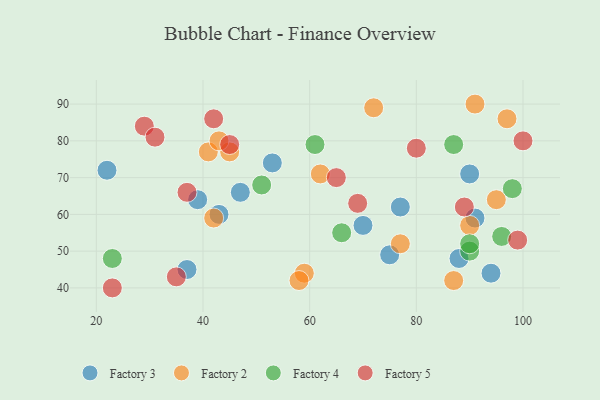
{"axis": {"x": "GDP", "y": "Life Expectancy"}, "legend": ["Factory 2", "Factory 3", "Factory 4", "Factory 5"], "data": [{"x": "43", "y": 60, "type": "Factory 3"}, {"x": "47", "y": 66, "type": "Factory 3"}, {"x": "88", "y": 48, "type": "Factory 3"}, {"x": "22", "y": 72, "type": "Factory 3"}, {"x": "77", "y": 62, "type": "Factory 3"}, {"x": "75", "y": 49, "type": "Factory 3"}, {"x": "37", "y": 45, "type": "Factory 3"}, {"x": "70", "y": 57, "type": "Factory 3"}, {"x": "53", "y": 74, "type": "Factory 3"}, {"x": "91", "y": 59, "type": "Factory 3"}, {"x": "94", "y": 44, "type": "Factory 3"}, {"x": "90", "y": 71, "type": "Factory 3"}, {"x": "39", "y": 64, "type": "Factory 3"}, {"x": "59", "y": 44, "type": "Factory 2"}, {"x": "91", "y": 90, "type": "Factory 2"}, {"x": "77", "y": 52, "type": "Factory 2"}, {"x": "87", "y": 42, "type": "Factory 2"}, {"x": "62", "y": 71, "type": "Factory 2"}, {"x": "72", "y": 89, "type": "Factory 2"}, {"x": "97", "y": 86, "type": "Factory 2"}, {"x": "45", "y": 77, "type": "Factory 2"}, {"x": "90", "y": 57, "type": "Factory 2"}, {"x": "58", "y": 42, "type": "Factory 2"}, {"x": "42", "y": 59, "type": "Factory 2"}, {"x": "41", "y": 77, "type": "Factory 2"}, {"x": "43", "y": 80, "type": "Factory 2"}, {"x": "95", "y": 64, "type": "Factory 2"}, {"x": "51", "y": 68, "type": "Factory 4"}, {"x": "61", "y": 79, "type": "Factory 4"}, {"x": "66", "y": 55, "type": "Factory 4"}, {"x": "90", "y": 50, "type": "Factory 4"}, {"x": "23", "y": 48, "type": "Factory 4"}, {"x": "87", "y": 79, "type": "Factory 4"}, {"x": "98", "y": 67, "type": "Factory 4"}, {"x": "96", "y": 54, "type": "Factory 4"}, {"x": "90", "y": 52, "type": "Factory 4"}, {"x": "42", "y": 86, "type": "Factory 5"}, {"x": "80", "y": 78, "type": "Factory 5"}, {"x": "65", "y": 70, "type": "Factory 5"}, {"x": "45", "y": 79, "type": "Factory 5"}, {"x": "99", "y": 53, "type": "Factory 5"}, {"x": "89", "y": 62, "type": "Factory 5"}, {"x": "29", "y": 84, "type": "Factory 5"}, {"x": "69", "y": 63, "type": "Factory 5"}, {"x": "37", "y": 66, "type": "Factory 5"}, {"x": "31", "y": 81, "type": "Factory 5"}, {"x": "23", "y": 40, "type": "Factory 5"}, {"x": "35", "y": 43, "type": "Factory 5"}, {"x": "100", "y": 80, "type": "Factory 5"}]}